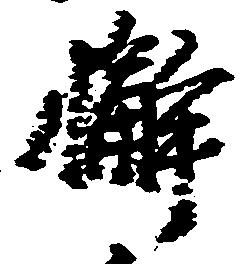
懈